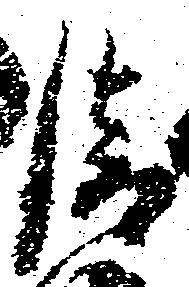
清